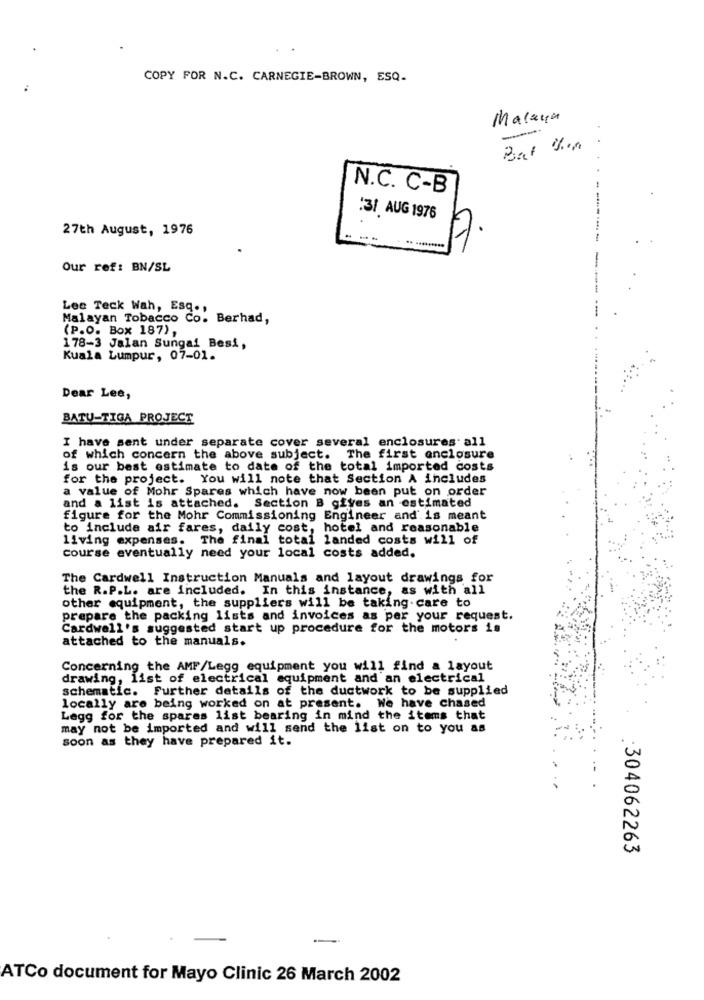
COPY FOR N.C. CARNEGIE-BROWN, ESQ.
Malaya
Bat ton
N.C. C-B
:31 AUG 1976
27th August, 1976
Our ref: BN/SL
Lee Teck Wah, Esq .,
Malayan Tobacco Co. Berhad,
(P.O. Box 187),
178-3 Jalan Sungai Besi,
Kuala Lumpur, 07-01.
Dear Lee,
BATU-TIGA PROJECT
I have sent under separate cover several enclosures all
of which concern the above subject. The first enclosure
is our best estimate to date of the total imported costs
for the project. You will note that Section A includes
a value of Mohr Spares which have now been put on order
and a list is attached. Section B gives an estimated
figure for the Mohr Commissioning Engineer and is meant
to include air fares, daily cost, hotel and reasonable
living expenses. The final total landed costs will of
Course eventually need your local costs added.
The Cardwell Instruction Manuals and layout drawings for
the R.P.L. are included. In this instance, as with all
other equipment, the suppliers will be taking care to
prepare the packing lists and invoices as per your request.
Cardwell's suggested start up procedure for the motors is
attached to the manuals.
Concerning the AMF/Legg equipment you will find & layout
drawing, list of electrical equipment and an electrical
schematic. Further details of the ductwork to be supplied
locally are being worked on at present. We have chased
Legg for the spares list bearing in mind the items that
may not be imported and will send the list on to you as
soon as they have prepared it.
:304062263
-
ATCo document for Mayo Clinic 26 March 2002